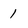
Character: 1